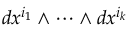
d x ^ { i _ { 1 } } \wedge \cdots \wedge d x ^ { i _ { k } }